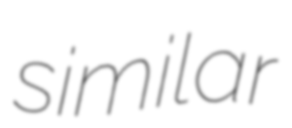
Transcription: similar